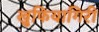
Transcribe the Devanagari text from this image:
खुफियागिरी